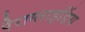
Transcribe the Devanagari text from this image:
पैराग्‍लाइडिंग